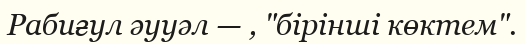
Рабиғул әууәл — , "бірінші көктем".